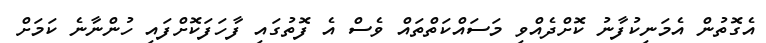
އެގޮތުން އެމަނިކުފާނު ކޮށްދެއްވި މަސައްކަތްތައް ވެސް އެ ފޮތުގައި ފާހަފަކޮށްފައި ހުންނާނެ ކަމަށް